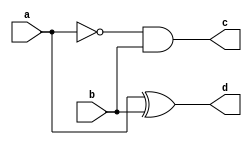
//data flow modelling
//half subtractor
module halfSubtractor(a,b,c,d);

//declare i/o ports
input a,b;
output c,d;

//assign difference and borrow
assign d = a ^ b;
assign c = (~a) & b;

//end module
endmodule